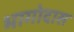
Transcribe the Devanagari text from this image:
भागोदास